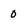
Character: 0